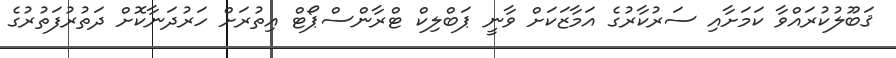
ޤަބޫލުކުރައްވާ ކަމަށާއި ސަރުކާރުގެ އަމާޒަކަށް ވާނީ ޕަބްލިކް ޓްރާންސްޕޯޓް އިތުރަށް ހަރުދަނާކޮށް ދަތުރުފަތުރުގެ